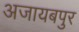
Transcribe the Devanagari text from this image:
अजायबपुर